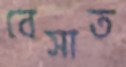
বেসাত